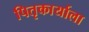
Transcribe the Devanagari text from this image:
पितृकार्याला